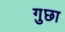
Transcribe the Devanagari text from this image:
गुछा